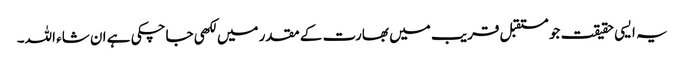
یہ ایسی حقیقت جو مستقبل قریب میں بھارت کے مقدر میں لکھی جاچکی ہے ان شاء اللہ۔